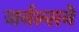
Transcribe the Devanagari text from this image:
जर्नल्सने